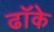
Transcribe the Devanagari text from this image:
ढॉके